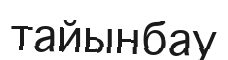
тайынбау